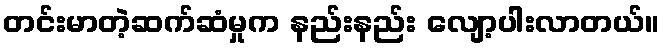
တင်းမာတဲ့ဆက်ဆံမှုက နည်းနည်း လျော့ပါးလာတယ်။